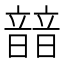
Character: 䪭